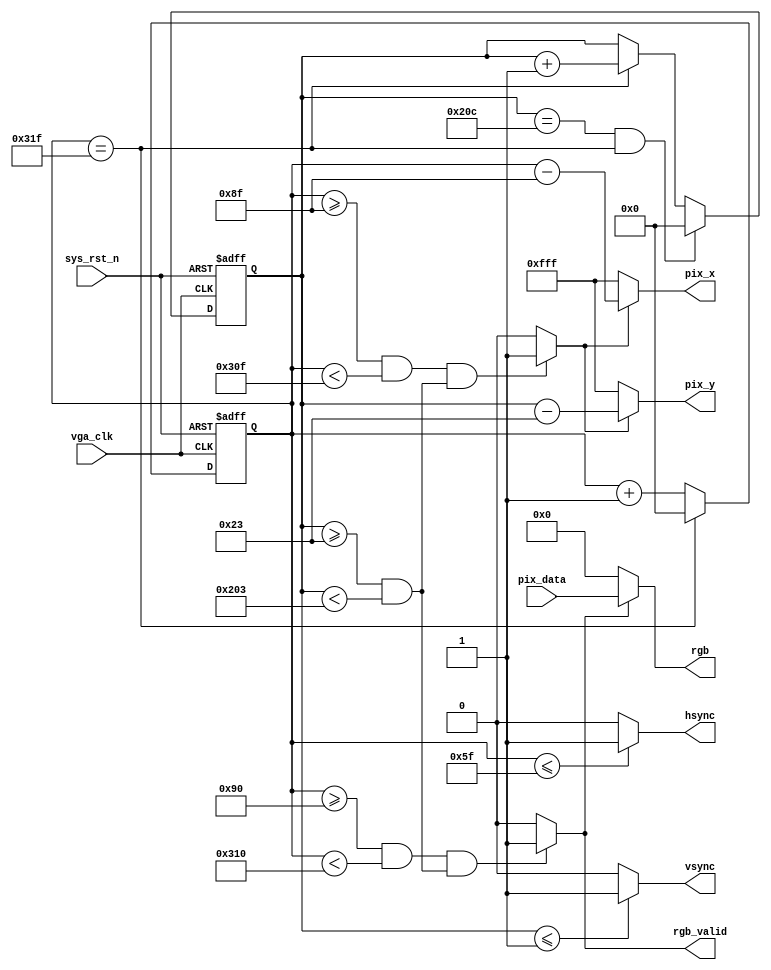
`timescale  1ns/1ns
////////////////////////////////////////////////////////////////////////
// : FPGA
//     : http://www.embedfire.com
//     : http://www.firebbs.cn
//     : https://fire-stm32.taobao.com
////////////////////////////////////////////////////////////////////////

module  vga_ctrl
(
    input   wire            vga_clk     ,   //,25MHz
    input   wire            sys_rst_n   ,   //,
    input   wire    [15:0]  pix_data    ,   //

    output  wire    [11:0]  pix_x       ,   //VGAX
    output  wire    [11:0]  pix_y       ,   //VGAY
    output  wire            hsync       ,   //
    output  wire            vsync       ,   //
    output  wire            rgb_valid   ,
    output  wire    [15:0]  rgb             //
);

//********************************************************************//
//****************** Parameter and Internal Signal *******************//
//********************************************************************//
//parameter define
parameter H_SYNC    =   10'd96  ,   //
          H_BACK    =   10'd40  ,   //
          H_LEFT    =   10'd8   ,   //
          H_VALID   =   10'd640 ,   //
          H_RIGHT   =   10'd8   ,   //
          H_FRONT   =   10'd8   ,   //
          H_TOTAL   =   10'd800 ;   //
parameter V_SYNC    =   10'd2   ,   //
          V_BACK    =   10'd25  ,   //
          V_TOP     =   10'd8   ,   //
          V_VALID   =   10'd480 ,   //
          V_BOTTOM  =   10'd8   ,   //
          V_FRONT   =   10'd2   ,   //
          V_TOTAL   =   10'd525 ;   //

//wire  define
wire            pix_data_req    ;   //

//reg   define
reg     [11:0]  cnt_h           ;   //
reg     [11:0]  cnt_v           ;   //

//********************************************************************//
//***************************** Main Code ****************************//
//********************************************************************//

//cnt_h:
always@(posedge vga_clk or negedge sys_rst_n)
    if(sys_rst_n == 1'b0)
        cnt_h   <=  12'd0   ;
    else    if(cnt_h == H_TOTAL - 1'd1)
        cnt_h   <=  12'd0   ;
    else
        cnt_h   <=  cnt_h + 1'd1   ;

//hsync:
assign  hsync = (cnt_h  <=  H_SYNC - 1'd1) ? 1'b1 : 1'b0  ;

//cnt_v:
always@(posedge vga_clk or negedge sys_rst_n)
    if(sys_rst_n == 1'b0)
        cnt_v   <=  12'd0 ;
    else    if((cnt_v == V_TOTAL - 1'd1) &&  (cnt_h == H_TOTAL-1'd1))
        cnt_v   <=  12'd0 ;
    else    if(cnt_h == H_TOTAL - 1'd1)
        cnt_v   <=  cnt_v + 1'd1 ;
    else
        cnt_v   <=  cnt_v ;

//vsync:
assign  vsync = (cnt_v  <=  V_SYNC - 1'd1) ? 1'b1 : 1'b0  ;

//rgb_valid:VGA
assign  rgb_valid = (((cnt_h >= H_SYNC + H_BACK + H_LEFT)
                    && (cnt_h < H_SYNC + H_BACK + H_LEFT + H_VALID))
                    &&((cnt_v >= V_SYNC + V_BACK + V_TOP)
                    && (cnt_v < V_SYNC + V_BACK + V_TOP + V_VALID)))
                    ? 1'b1 : 1'b0;

//pix_data_req:,rgb_valid
assign  pix_data_req = (((cnt_h >= H_SYNC + H_BACK + H_LEFT - 1'b1)
                    && (cnt_h < H_SYNC + H_BACK + H_LEFT + H_VALID - 1'b1))
                    &&((cnt_v >= V_SYNC + V_BACK + V_TOP)
                    && (cnt_v < V_SYNC + V_BACK + V_TOP + V_VALID)))
                    ? 1'b1 : 1'b0;

//pix_x,pix_y:VGA
assign  pix_x = (pix_data_req == 1'b1)
                ? (cnt_h - (H_SYNC + H_BACK + H_LEFT - 1'b1)) : 12'hfff;
assign  pix_y = (pix_data_req == 1'b1)
                ? (cnt_v - (V_SYNC + V_BACK + V_TOP)) : 12'hfff;

//rgb:
assign  rgb = (rgb_valid == 1'b1) ? pix_data : 16'b0 ;

endmodule